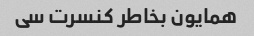
همایون بخاطر کنسرت سی